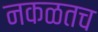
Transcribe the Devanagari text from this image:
नकळतच